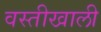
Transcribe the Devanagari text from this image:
वस्तीखाली